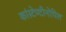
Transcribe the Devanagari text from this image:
कांस्टेण्टीनोपिल